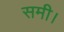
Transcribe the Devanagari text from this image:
समी।